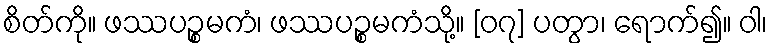
စိတ်ကို။ ဖဿပဉ္စမကံ၊ ဖဿပဉ္စမကံသို့။ [၀၇] ပတွာ၊ ရောက်၍။ ဝါ၊